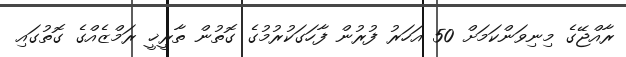
ރާއްޖޭގެ މިނިވަންކަމަށް 50 އަހަރު ފުރުން ފާހަގަކުރުމުގެ ގޮތުން ތާރީޚީ ރަމްޒެއްގެ ގޮތުގައި